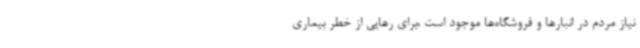
نیاز مردم در انبارها و فروشگاه‌ها موجود است ،برای رهایی از خطر بیماری